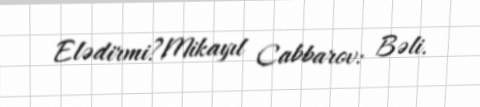
Elədirmi?Mikayıl Cabbarov: Bəli.